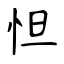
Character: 怛